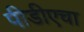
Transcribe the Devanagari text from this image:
पीडीएचा